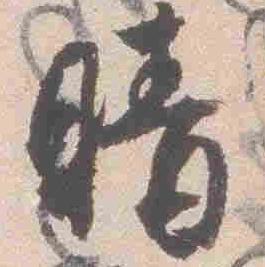
晴